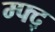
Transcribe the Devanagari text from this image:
म्फ्द्